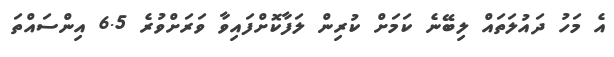
އެ މަހު ދައުލަތައް ލިބޭނެ ކަމަށް ކުރިން ލަފާކޮށްފައިވާ ވަރަށްވުރެ 6.5 އިންސައްތަ